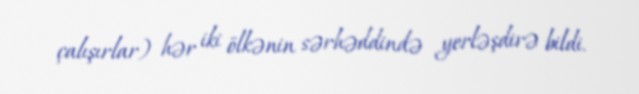
çalışırlar) hər iki ölkənin sərhəddində yerləşdirə bildi.